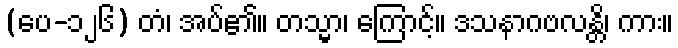
(ပေ-၁၂၆) တံ၊ အပ်၏။ တသ္မာ၊ ကြောင့်။ ဒသနာဂဗလန္တိ၊ ကား။